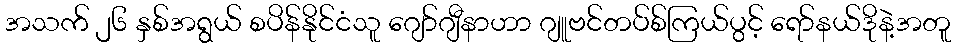
အသက် ၂၆ နှစ်အရွယ် စပိန်နိုင်ငံသူ ဂျော်ဂျီနာဟာ ဂျူဗင်တပ်စ်ကြယ်ပွင့် ရော်နယ်ဒိုနဲ့အတူ